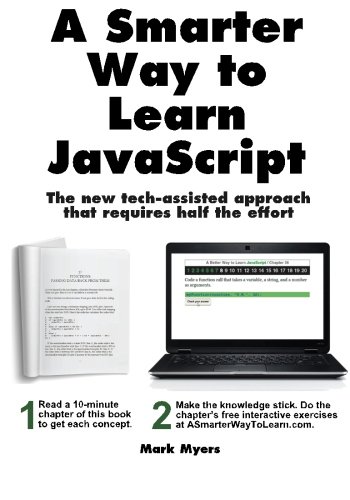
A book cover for A Smarter Way to Learn JavaScript: The new approach that uses technology to cut your effort in half; Mark Myers; Computers & Technology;